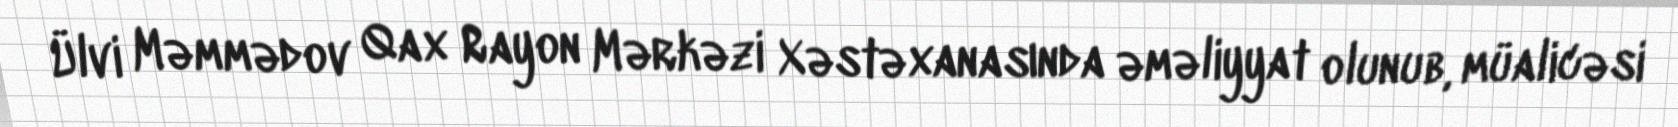
Ülvi Məmmədov Qax Rayon Mərkəzi Xəstəxanasında əməliyyat olunub, müalicəsi